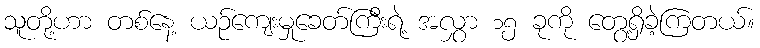
သူတို့ဟာ တစ်နေ့ ယဉ်ကျေးမှုခေတ်ကြီးရဲ့ အလွှာ ၁၅ ခုကို တွေ့ရှိခဲ့ကြတယ်။